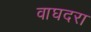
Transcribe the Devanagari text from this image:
वाघदरा